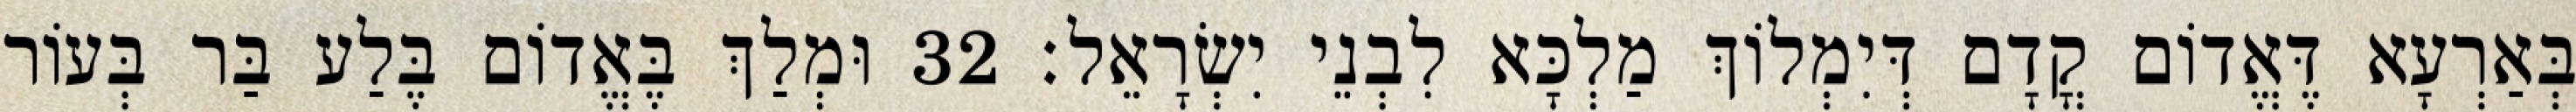
בְּאַרְעָא דֶּאֱדוֹם קֳדָם דְּיִמְלוֹךְ מַלְכָּא לִבְנֵי יִשְׂרָאֵל׃ 32 וּמְלַךְ בֶּאֱדוֹם בֶּלַע בַּר בְּעוֹר